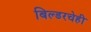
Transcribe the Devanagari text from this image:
बिल्डरचेही